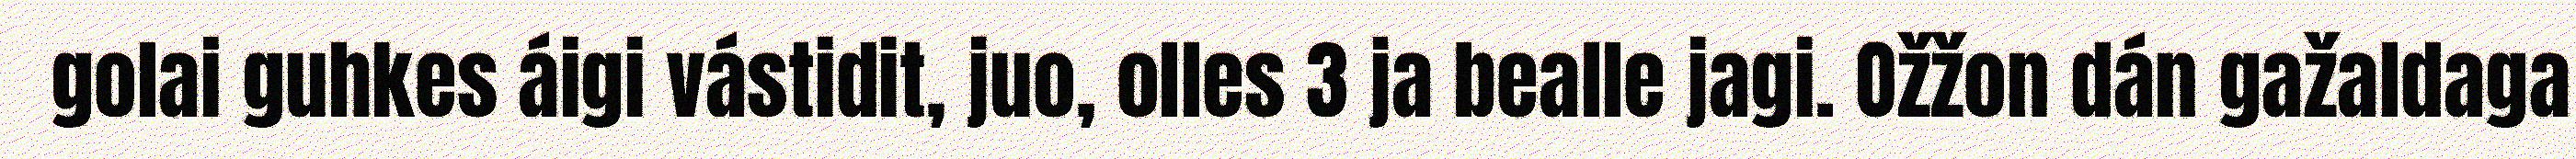
golai guhkes áigi vástidit, juo, olles 3 ja bealle jagi. Ožžon dán gažaldaga